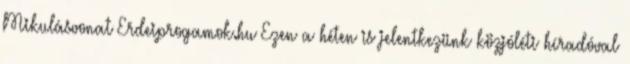
Mikulásvonat Erdeiprogamok.hu Ezen a héten is jelentkezünk közjóléti híradóval